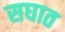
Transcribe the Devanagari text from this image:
सघात